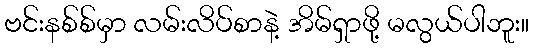
ဗင်းနစ်စ်မှာ လမ်းလိပ်စာနဲ့ အိမ်ရှာဖို့ မလွယ်ပါဘူး။